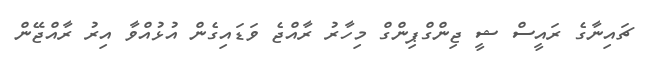
ޗައިނާގެ ރައީސް ޝީ ޖިންގްޕިންގް މިހާރު ރާއްޖެ ވަޑައިގެން އުޅުއްވާ އިރު ރާއްޖޭން